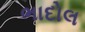
ભાદોલ